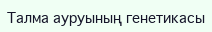
Талма ауруының генетикасы